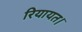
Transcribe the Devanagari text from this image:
रियायत।